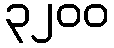
၃၂၀၀